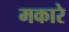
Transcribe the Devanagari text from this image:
मकारे